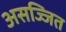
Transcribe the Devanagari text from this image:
असज्जित